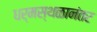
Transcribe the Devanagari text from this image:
धर्मस्थळानंतर